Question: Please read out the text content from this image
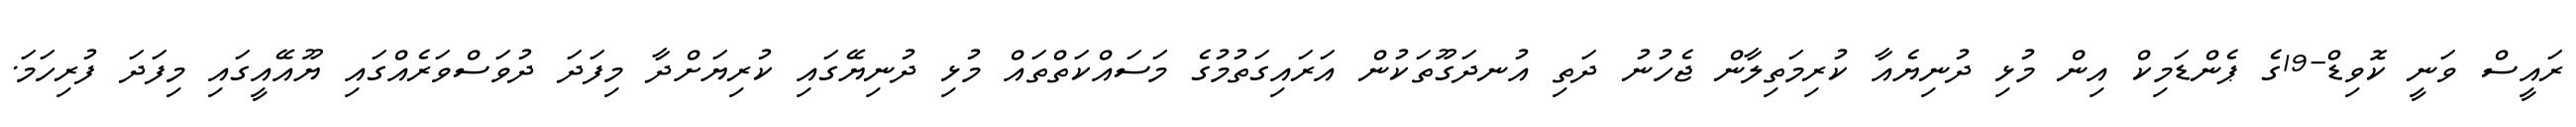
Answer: ރައީސް ވަނީ ކޮވިޑް-19ގެ ޕެންޑަމިކް އިން މުޅި ދުނިޔެއާ ކުރިމަތިލާން ޖެހުނު ދަތި އުނދަގޫތަކުން އަރައިގަތުމުގެ މަސައްކަތްތައް މުޅި ދުނިޔޭގައި ކުރިޔަށްދާ މިފަދަ ދުވަސްވަރެއްގައި ޔޫއޭއީގައި މިފަދަ ފުރިހަމަ.